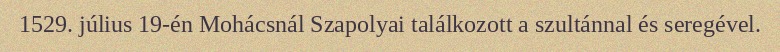
1529. július 19-én Mohácsnál Szapolyai találkozott a szultánnal és seregével.